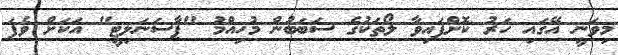
މިވަނީ އޭގައި ހަރު ކޮށްފައިވާ ލޯތަކުގެ ސަބަބުން މުހިއްމު "ޕާސަނަލިޓީ" އަކަށް ވެފަ